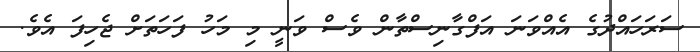
ސަރަހައްދުގެ އެއްވަނަ އަފްގާނިސްތާން ވެސް ވަނީ މި މަހު ފަހަތަށް ޖެހިފަ އެވެ.